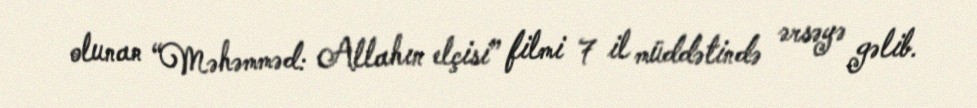
olunan “Məhəmməd: Allahın elçisi” filmi 7 il müddətində ərsəyə gəlib.